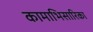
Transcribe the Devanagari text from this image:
कामाभिसारिका